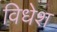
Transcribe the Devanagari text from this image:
विधेश